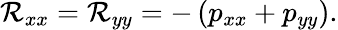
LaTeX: \mathcal{R}_{xx}=\mathcal{R}_{yy}=-\left(p_{xx}+p_{yy}\right).